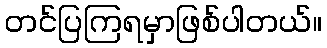
တင်ပြကြရမှာဖြစ်ပါတယ်။